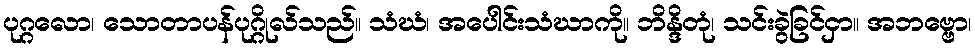
ပုဂ္ဂလော၊ သောတာပန်ပုဂ္ဂိုလ်သည်။ သံဃံ၊ အပေါင်းသံဃာကို။ ဘိန္ဒိတုံ၊ သင်းခွဲခြင်ငှာ။ အဘဗ္ဗော၊